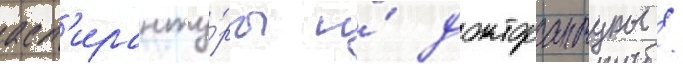
асп'иранту́ры и́ докторантуры /